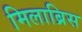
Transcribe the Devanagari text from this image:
मिलाब्रिस